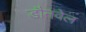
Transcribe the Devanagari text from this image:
डौनवेल